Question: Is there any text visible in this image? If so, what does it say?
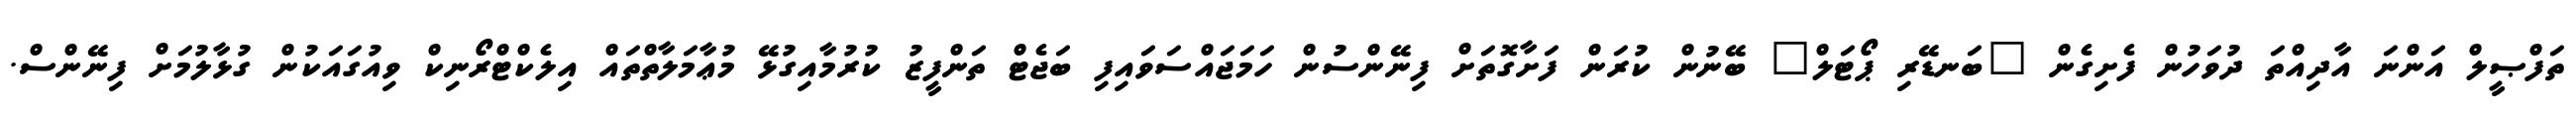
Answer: ތަފްޞީލް އަންނަ އާދިއްތަ ދުވަހުން ފެށިގެން "ބަނޑޭރި ޕޯޓަލް" ބޭނުން ކުރަން ފަށާގޮތަށް ފިނޭންސުން ހަމަޖައްސަވައިފި ބަޖެޓް ތަންފީޒު ކުރުމާއިގުޅޭ މުޢާމަލާތްތައް އިލެކްޓްރޯނިކް ވިއުގައަކުން ގުޅާލުމަށް ފިނޭންސް.